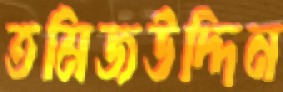
তমিজউদ্দিন